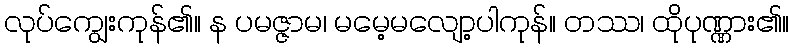
လုပ်ကျွေးကုန်၏။ န ပမဇ္ဇာမ၊ မမေ့မလျော့ပါကုန်။ တဿ၊ ထိုပုဏ္ဏား၏။